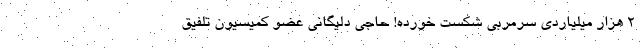
2 هزار میلیاردی سرمربی شکست خورده! حاجی دلیگانی عضو کمیسیون تلفیق